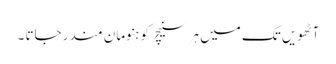
آٹھویں تک میں ہر سنیچر کو ہنومان مندر جاتا ۔